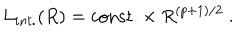
LaTeX: L _ { i n t . } ( R ) = \mathrm { c o n s t . } \times R ^ { ( p + 1 ) / 2 } \ .